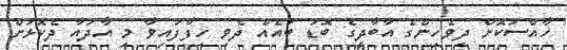
ހާއްސަކޮށް ދިވެހިންގެ އާބާދީގެ ބޮޑު ބައެއް ދެވި ހިފާފައިވާ މި އާދައާ ދެކޮޅަށް